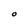
Character: O